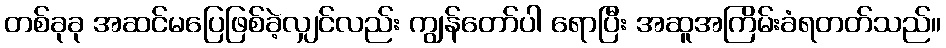
တစ်ခုခု အဆင်မပြေဖြစ်ခဲ့လျှင်လည်း ကျွန်တော်ပါ ရောပြီး အဆူအကြိမ်းခံရတတ်သည်။